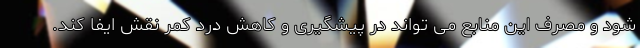
شود و مصرف این منابع می تواند در پیشگیری و کاهش درد کمر نقش ایفا کند.